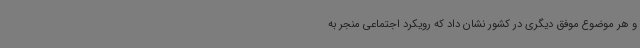
و هر موضوع موفق دیگری در کشور نشان داد که رویکرد اجتماعی منجر به